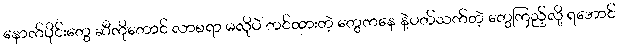
နောက်ပိုင်းတွေ ဆီကိုတောင် လာစရာ မလိုပဲ တင်ထားတဲ့ တွေကနေ နဲ့ပတ်သက်တဲ့ တွေကြည့်လို့ ရအောင်